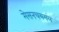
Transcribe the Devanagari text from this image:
मेसनचयमल